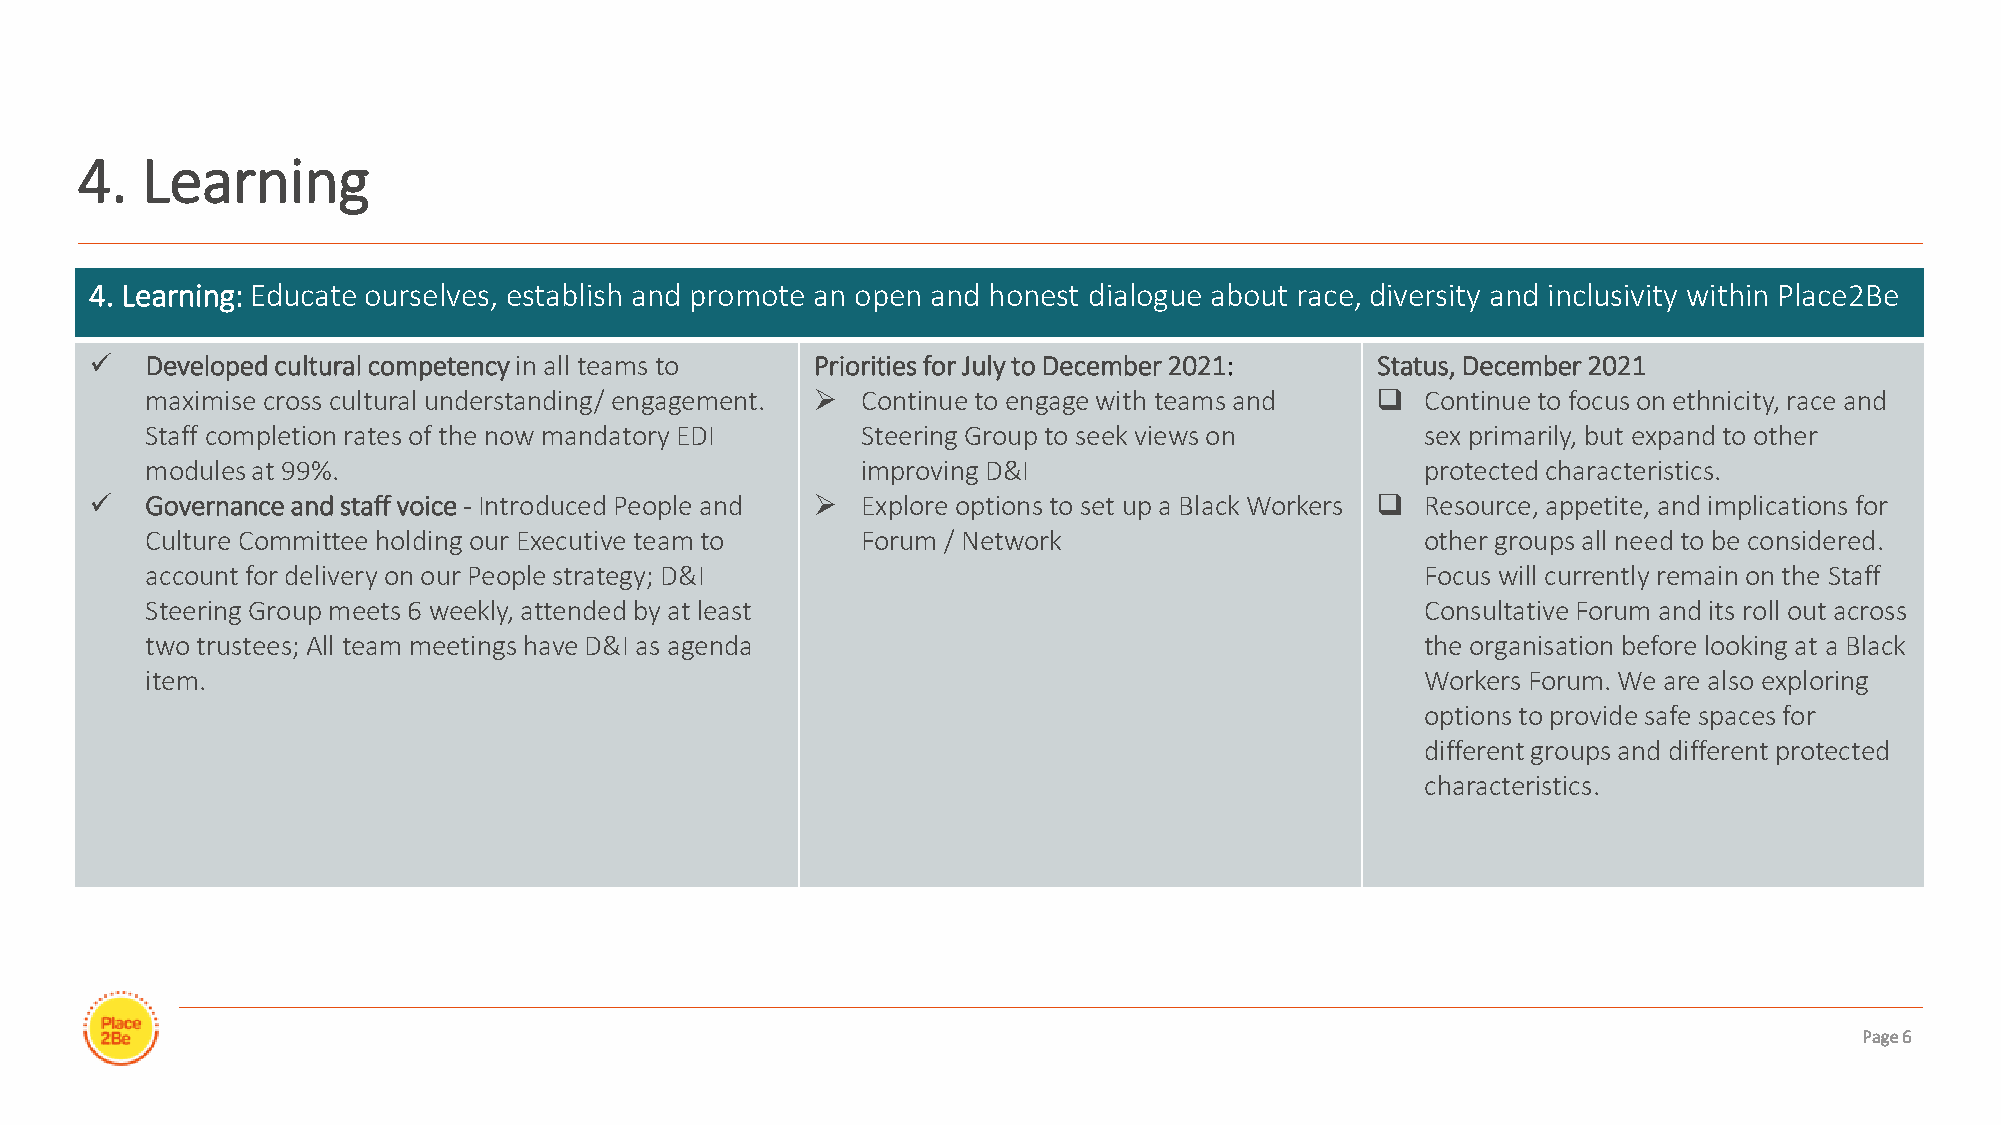
4.  Learning
 4. Learning: Educate ourselves, establish and promote an open and honest dialogue about race, diversity and inclusivity within Place2Be​
 ✓   Developed cultural competencyin all teams to Priorities for July to December 2021: Status, December 2021
 maximise cross cultural understanding/ engagement. ➢ Continue to engage with teams and ❑ Continue to focus on ethnicity, race and
 Staff completion rates of the now mandatory EDI Steering Group to seek views on     sex primarily, but expand to other
 modules at 99%.                                improving D&I                        protected characteristics.
 ✓   Governance and staff voice - Introduced People and ➢ Explore options to set up a Black Workers ❑ Resource, appetite, and implications for
 Culture Committee holding our Executive team to Forum / Network                     other groups all need to be considered.
 account for delivery on our People strategy; D&I                                    Focus will currently remain on the Staff
 Steering Group meets 6 weekly, attended by at least                                 Consultative Forum and its roll out across
 two trustees; All team meetings have D&I as agenda                                  the organisation before looking at a Black
 item.                                                                               Workers Forum. We are also exploring
 options to provide safe spaces for
 different groups and different protected
 characteristics.
 Page 6